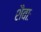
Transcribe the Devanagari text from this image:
शैवाः